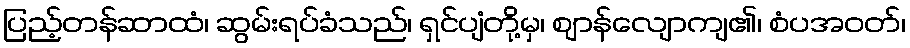
ပြည့်တန်ဆာထံ၊ ဆွမ်းရပ်ခံသည်၊ ရှင်ပျံတို့မှ၊ ဈာန်လျောကျ၏၊ စံပအဝတ်၊